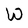
Character: W